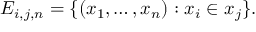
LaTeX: E _ { i , j , n } = \{ ( x _ { 1 } , \ldots , x _ { n } ) : x _ { i } \in x _ { j } \} .